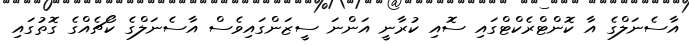
އާސެނަލްގެ އާ ކޮންޓްރެކްޓްގައި ސޮއި ކުރާނީ އަންނަ ސީޒަންގައިވެސް އާސެނަލްގެ ކޯޗެއްގެ ގޮތުގައި